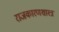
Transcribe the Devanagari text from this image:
राजकारणशास्त्र